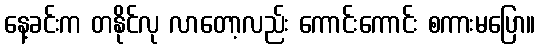
နေ့ခင်းက တနိုင်လု လာတော့လည်း ကောင်းကောင်း စကားမပြော။